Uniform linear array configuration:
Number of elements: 32
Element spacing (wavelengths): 0.25
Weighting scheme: cosine
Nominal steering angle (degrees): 45
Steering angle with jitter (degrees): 46.447
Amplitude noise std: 0.05
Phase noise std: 0.05

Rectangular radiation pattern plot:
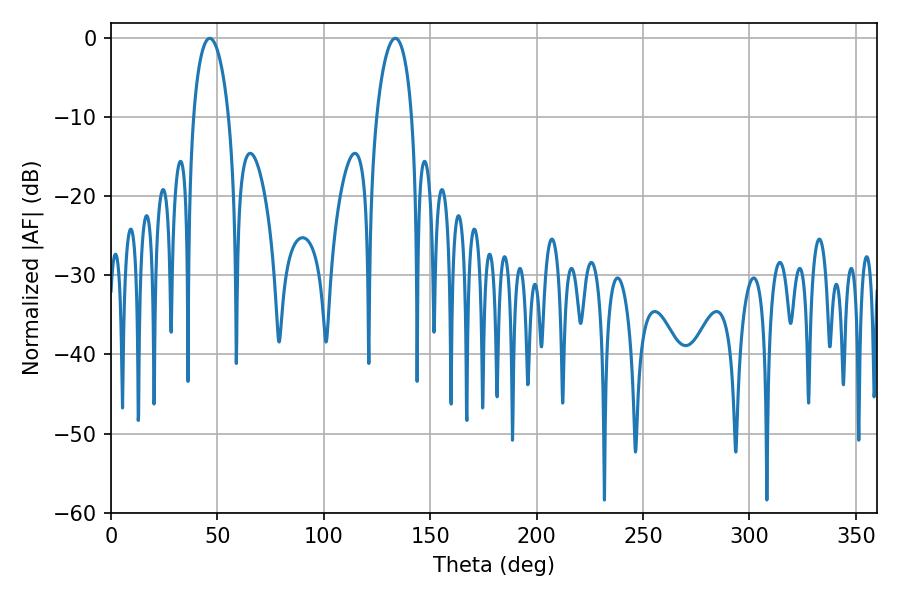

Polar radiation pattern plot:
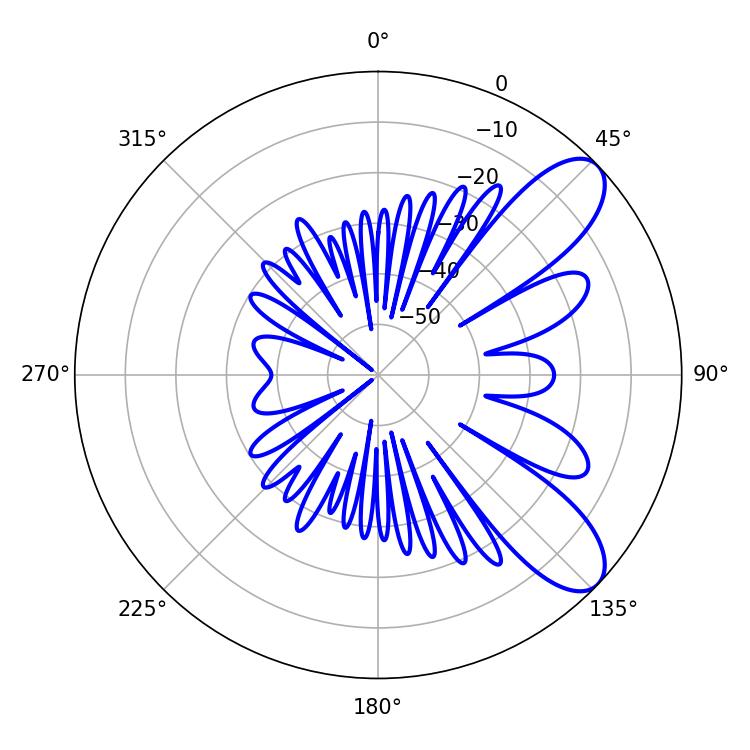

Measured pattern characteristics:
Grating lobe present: FALSE
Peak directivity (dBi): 8.789
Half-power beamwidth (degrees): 9.36
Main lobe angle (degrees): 133.56